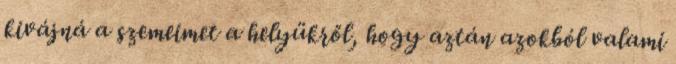
kivájná a szemeimet a helyükről, hogy aztán azokból valami